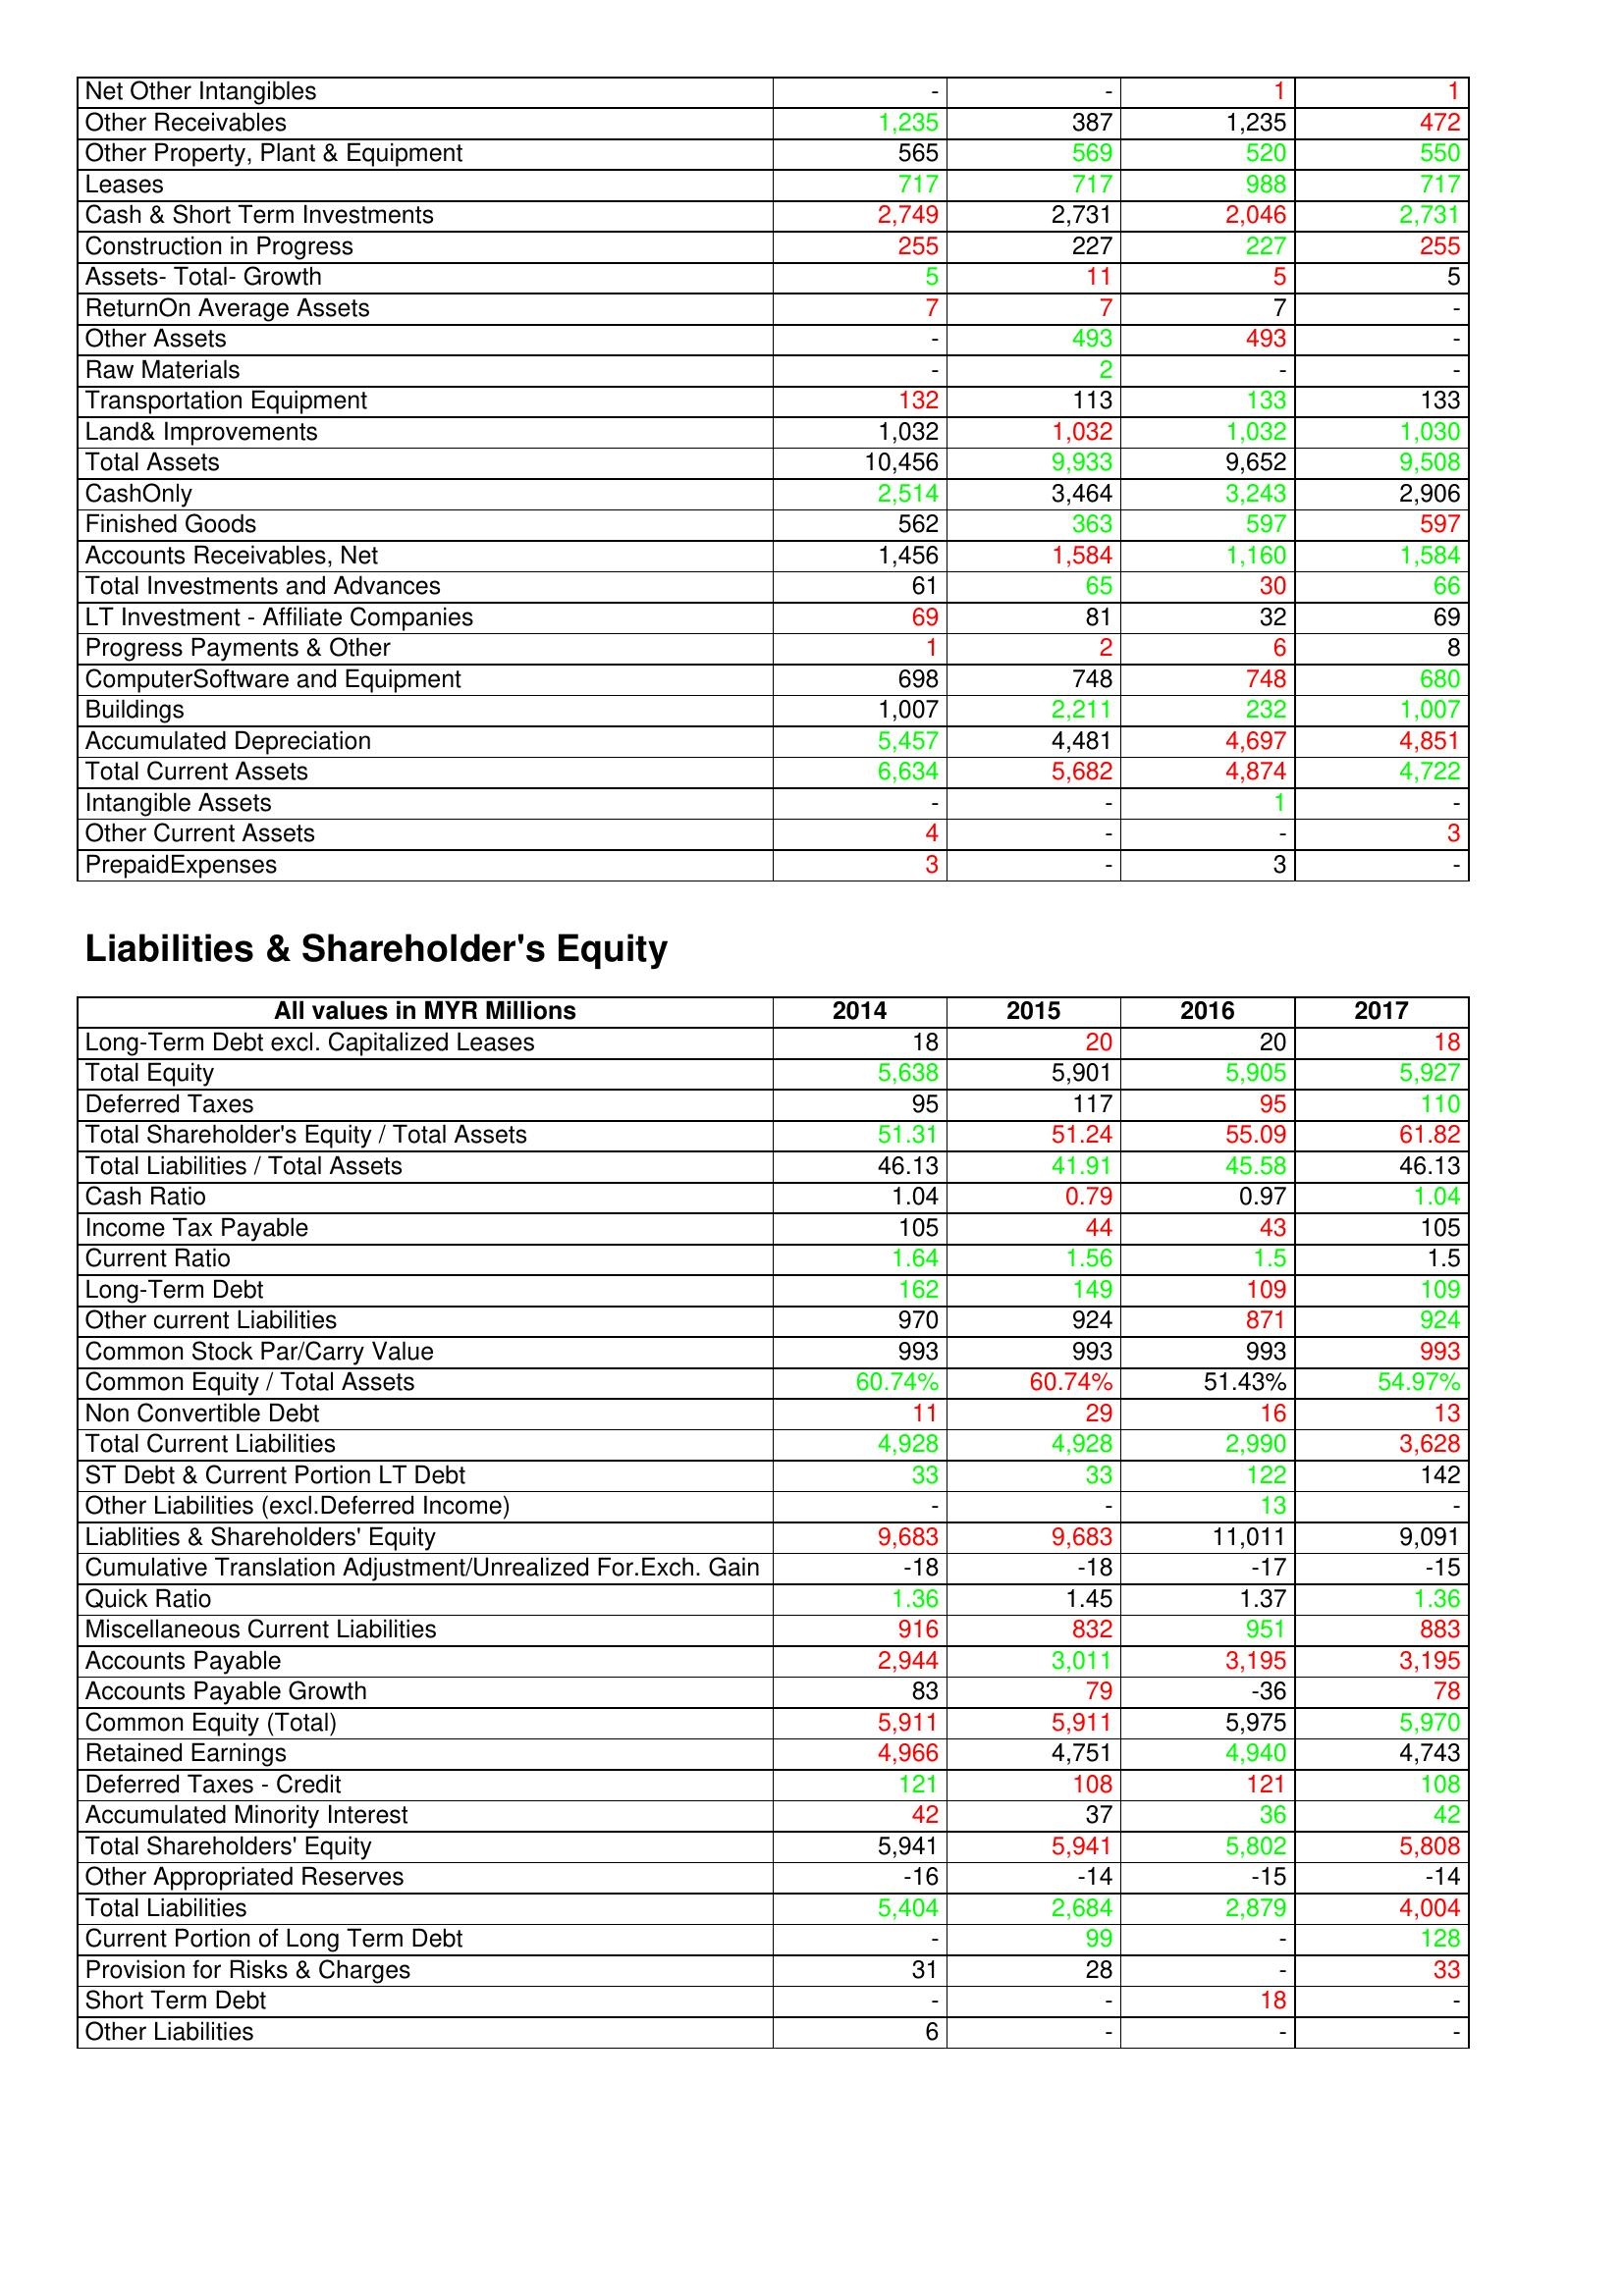
gt_parse: 2014: Assets: Net Other Intangibles: -
Other Receivables: 1,235
Other Property, Plant & Equipment: 565
Leases: 717
Cash & Short Term Investments: 2,749
Construction in Progress: 255
Assets- Total- Growth: 5
ReturnOn Average Assets: 7
Other Assets: -
Raw Materials: -
Transportation Equipment: 132
Land& Improvements: 1,032
Total Assets: 10,456
CashOnly: 2,514
Finished Goods: 562
Accounts Receivables, Net: 1,456
Total Investments and Advances: 61
LT Investment - Affiliate Companies: 69
Progress Payments & Other: 1
ComputerSoftware and Equipment: 698
Buildings: 1,007
Accumulated Depreciation: 5,457
Total Current Assets: 6,634
Intangible Assets: -
Other Current Assets: 4
PrepaidExpenses: 3
Liabilities & Shareholder's Equity: Long-Term Debt excl. Capitalized Leases: 18
Total Equity: 5,638
Deferred Taxes: 95
Total Shareholder's Equity / Total Assets: 51.31
Total Liabilities / Total Assets: 46.13
Cash Ratio: 1.04
Income Tax Payable: 105
Current Ratio: 1.64
Long-Term Debt: 162
Other current Liabilities: 970
Common Stock Par/Carry Value: 993
Common Equity / Total Assets: 60.74%
Non Convertible Debt: 11
Total Current Liabilities: 4,928
ST Debt & Current Portion LT Debt: 33
Other Liabilities (excl.Deferred Income): -
Liablities & Shareholders' Equity: 9,683
Cumulative Translation Adjustment/Unrealized For.Exch. Gain: -18
Quick Ratio: 1.36
Miscellaneous Current Liabilities: 916
Accounts Payable: 2,944
Accounts Payable Growth: 83
Common Equity (Total): 5,911
Retained Earnings: 4,966
Deferred Taxes - Credit: 121
Accumulated Minority Interest: 42
Total Shareholders' Equity: 5,941
Other Appropriated Reserves: -16
Total Liabilities: 5,404
Current Portion of Long Term Debt: -
Provision for Risks & Charges: 31
Short Term Debt: -
Other Liabilities: 6
2015: Assets: Net Other Intangibles: -
Other Receivables: 387
Other Property, Plant & Equipment: 569
Leases: 717
Cash & Short Term Investments: 2,731
Construction in Progress: 227
Assets- Total- Growth: 11
ReturnOn Average Assets: 7
Other Assets: 493
Raw Materials: 2
Transportation Equipment: 113
Land& Improvements: 1,032
Total Assets: 9,933
CashOnly: 3,464
Finished Goods: 363
Accounts Receivables, Net: 1,584
Total Investments and Advances: 65
LT Investment - Affiliate Companies: 81
Progress Payments & Other: 2
ComputerSoftware and Equipment: 748
Buildings: 2,211
Accumulated Depreciation: 4,481
Total Current Assets: 5,682
Intangible Assets: -
Other Current Assets: -
PrepaidExpenses: -
Liabilities & Shareholder's Equity: Long-Term Debt excl. Capitalized Leases: 20
Total Equity: 5,901
Deferred Taxes: 117
Total Shareholder's Equity / Total Assets: 51.24
Total Liabilities / Total Assets: 41.91
Cash Ratio: 0.79
Income Tax Payable: 44
Current Ratio: 1.56
Long-Term Debt: 149
Other current Liabilities: 924
Common Stock Par/Carry Value: 993
Common Equity / Total Assets: 60.74%
Non Convertible Debt: 29
Total Current Liabilities: 4,928
ST Debt & Current Portion LT Debt: 33
Other Liabilities (excl.Deferred Income): -
Liablities & Shareholders' Equity: 9,683
Cumulative Translation Adjustment/Unrealized For.Exch. Gain: -18
Quick Ratio: 1.45
Miscellaneous Current Liabilities: 832
Accounts Payable: 3,011
Accounts Payable Growth: 79
Common Equity (Total): 5,911
Retained Earnings: 4,751
Deferred Taxes - Credit: 108
Accumulated Minority Interest: 37
Total Shareholders' Equity: 5,941
Other Appropriated Reserves: -14
Total Liabilities: 2,684
Current Portion of Long Term Debt: 99
Provision for Risks & Charges: 28
Short Term Debt: -
Other Liabilities: -
2016: Assets: Net Other Intangibles: 1
Other Receivables: 1,235
Other Property, Plant & Equipment: 520
Leases: 988
Cash & Short Term Investments: 2,046
Construction in Progress: 227
Assets- Total- Growth: 5
ReturnOn Average Assets: 7
Other Assets: 493
Raw Materials: -
Transportation Equipment: 133
Land& Improvements: 1,032
Total Assets: 9,652
CashOnly: 3,243
Finished Goods: 597
Accounts Receivables, Net: 1,160
Total Investments and Advances: 30
LT Investment - Affiliate Companies: 32
Progress Payments & Other: 6
ComputerSoftware and Equipment: 748
Buildings: 232
Accumulated Depreciation: 4,697
Total Current Assets: 4,874
Intangible Assets: 1
Other Current Assets: -
PrepaidExpenses: 3
Liabilities & Shareholder's Equity: Long-Term Debt excl. Capitalized Leases: 20
Total Equity: 5,905
Deferred Taxes: 95
Total Shareholder's Equity / Total Assets: 55.09
Total Liabilities / Total Assets: 45.58
Cash Ratio: 0.97
Income Tax Payable: 43
Current Ratio: 1.5
Long-Term Debt: 109
Other current Liabilities: 871
Common Stock Par/Carry Value: 993
Common Equity / Total Assets: 51.43%
Non Convertible Debt: 16
Total Current Liabilities: 2,990
ST Debt & Current Portion LT Debt: 122
Other Liabilities (excl.Deferred Income): 13
Liablities & Shareholders' Equity: 11,011
Cumulative Translation Adjustment/Unrealized For.Exch. Gain: -17
Quick Ratio: 1.37
Miscellaneous Current Liabilities: 951
Accounts Payable: 3,195
Accounts Payable Growth: -36
Common Equity (Total): 5,975
Retained Earnings: 4,940
Deferred Taxes - Credit: 121
Accumulated Minority Interest: 36
Total Shareholders' Equity: 5,802
Other Appropriated Reserves: -15
Total Liabilities: 2,879
Current Portion of Long Term Debt: -
Provision for Risks & Charges: -
Short Term Debt: 18
Other Liabilities: -
2017: Assets: Net Other Intangibles: 1
Other Receivables: 472
Other Property, Plant & Equipment: 550
Leases: 717
Cash & Short Term Investments: 2,731
Construction in Progress: 255
Assets- Total- Growth: 5
ReturnOn Average Assets: -
Other Assets: -
Raw Materials: -
Transportation Equipment: 133
Land& Improvements: 1,030
Total Assets: 9,508
CashOnly: 2,906
Finished Goods: 597
Accounts Receivables, Net: 1,584
Total Investments and Advances: 66
LT Investment - Affiliate Companies: 69
Progress Payments & Other: 8
ComputerSoftware and Equipment: 680
Buildings: 1,007
Accumulated Depreciation: 4,851
Total Current Assets: 4,722
Intangible Assets: -
Other Current Assets: 3
PrepaidExpenses: -
Liabilities & Shareholder's Equity: Long-Term Debt excl. Capitalized Leases: 18
Total Equity: 5,927
Deferred Taxes: 110
Total Shareholder's Equity / Total Assets: 61.82
Total Liabilities / Total Assets: 46.13
Cash Ratio: 1.04
Income Tax Payable: 105
Current Ratio: 1.5
Long-Term Debt: 109
Other current Liabilities: 924
Common Stock Par/Carry Value: 993
Common Equity / Total Assets: 54.97%
Non Convertible Debt: 13
Total Current Liabilities: 3,628
ST Debt & Current Portion LT Debt: 142
Other Liabilities (excl.Deferred Income): -
Liablities & Shareholders' Equity: 9,091
Cumulative Translation Adjustment/Unrealized For.Exch. Gain: -15
Quick Ratio: 1.36
Miscellaneous Current Liabilities: 883
Accounts Payable: 3,195
Accounts Payable Growth: 78
Common Equity (Total): 5,970
Retained Earnings: 4,743
Deferred Taxes - Credit: 108
Accumulated Minority Interest: 42
Total Shareholders' Equity: 5,808
Other Appropriated Reserves: -14
Total Liabilities: 4,004
Current Portion of Long Term Debt: 128
Provision for Risks & Charges: 33
Short Term Debt: -
Other Liabilities: -